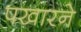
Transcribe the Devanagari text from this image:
पखारने